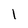
Character: I